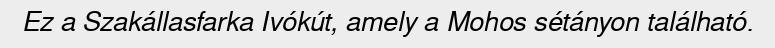
Ez a Szakállasfarka Ivókút, amely a Mohos sétányon található.